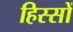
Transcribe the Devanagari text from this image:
हिस्‍सों